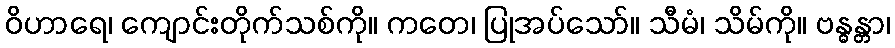
ဝိဟာရေ၊ ကျောင်းတိုက်သစ်ကို။ ကတေ၊ ပြုအပ်သော်။ သီမံ၊ သိမ်ကို။ ဗန္ဓန္တာ၊